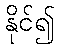
နိုင်၍